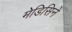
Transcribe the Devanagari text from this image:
मेडिसिने